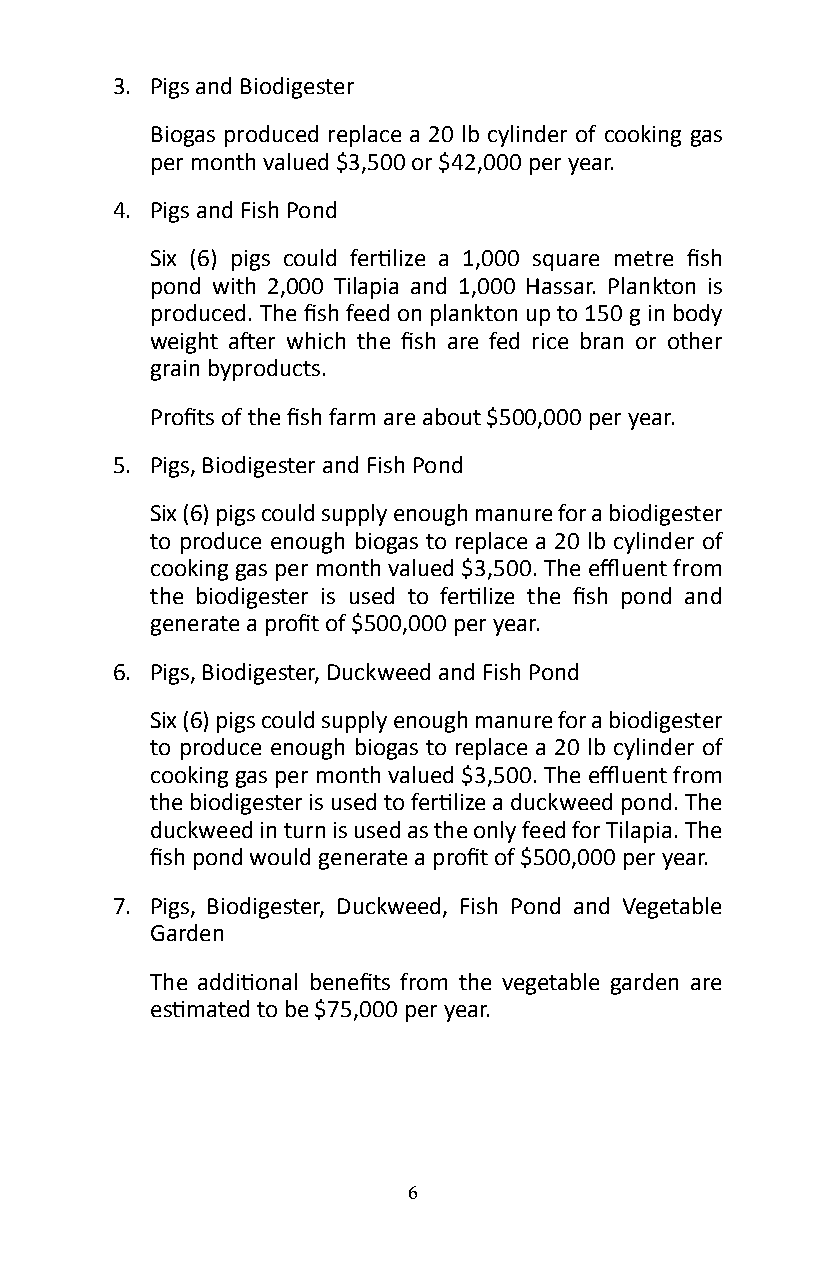
3� Pigs and Biodigester
 Biogas produced replace a 20 lb cylinder of cooking gas
 per month valued $3,500 or $42,000 per year�
 4� Pigs and Fish Pond
 Six (6) pigs could fertilize a 1,000 square metre fish
 pond with 2,000 Tilapia and 1,000 Hassar. Plankton is
 produced. The fish feed on plankton up to 150 g in body
 weight after which the fish are fed rice bran or other
 grain byproducts�
 Profits of the fish farm are about $500,000 per year.
 5� Pigs, Biodigester and Fish Pond
 Six (6) pigs could supply enough manure for a biodigester
 to produce enough biogas to replace a 20 lb cylinder of
 cooking gas per month valued $3,500. The effluent from
 the biodigester is used to fertilize the fish pond and
 generate a profit of $500,000 per year.
 6� Pigs, Biodigester, Duckweed and Fish Pond
 Six (6) pigs could supply enough manure for a biodigester
 to produce enough biogas to replace a 20 lb cylinder of
 cooking gas per month valued $3,500. The effluent from
 the biodigester is used to fertilize a duckweed pond. The
 duckweed in turn is used as the only feed for Tilapia� The
 fish pond would generate a profit of $500,000 per year.
 7� Pigs, Biodigester, Duckweed, Fish Pond and Vegetable
 Garden
 The additional benefits from the vegetable garden are
 estimated to be $75,000 per year.
 6